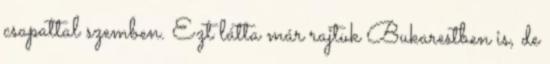
csapattal szemben. Ezt látta már rajtuk Bukarestben is, de